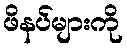
ဖိနပ်များကို